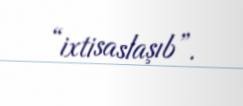
“ixtisaslaşıb”.